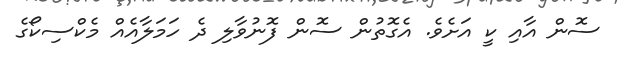
ސޮން އާއި ކީ އަށެވެ. އެގޮތުން ސޮން ފޮނުވާލި ދެ ހަމަލާއެއް މެކްސިކޯގެ